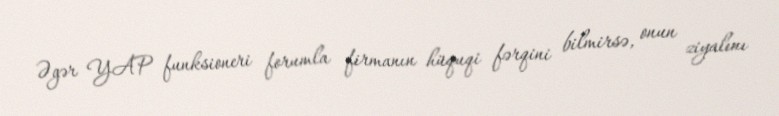
Əgər YAP funksioneri forumla firmanın hüquqi fərqini bilmirsə, onun ziyalını